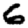
Digit: 6